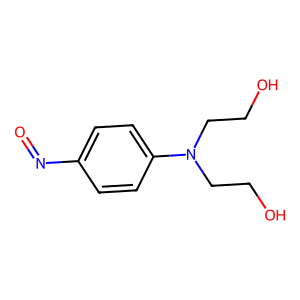
SMILES: O=Nc1ccc(N(CCO)CCO)cc1
Inhibits HIV replication: No